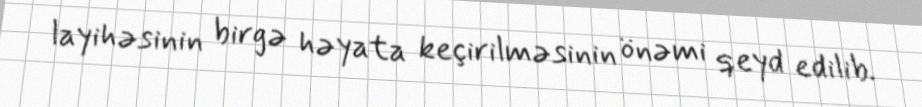
layihəsinin birgə həyata keçirilməsinin önəmi qeyd edilib.